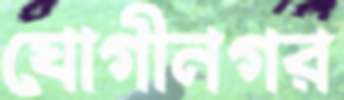
যোগীনগর